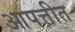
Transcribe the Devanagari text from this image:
आपत्तीत